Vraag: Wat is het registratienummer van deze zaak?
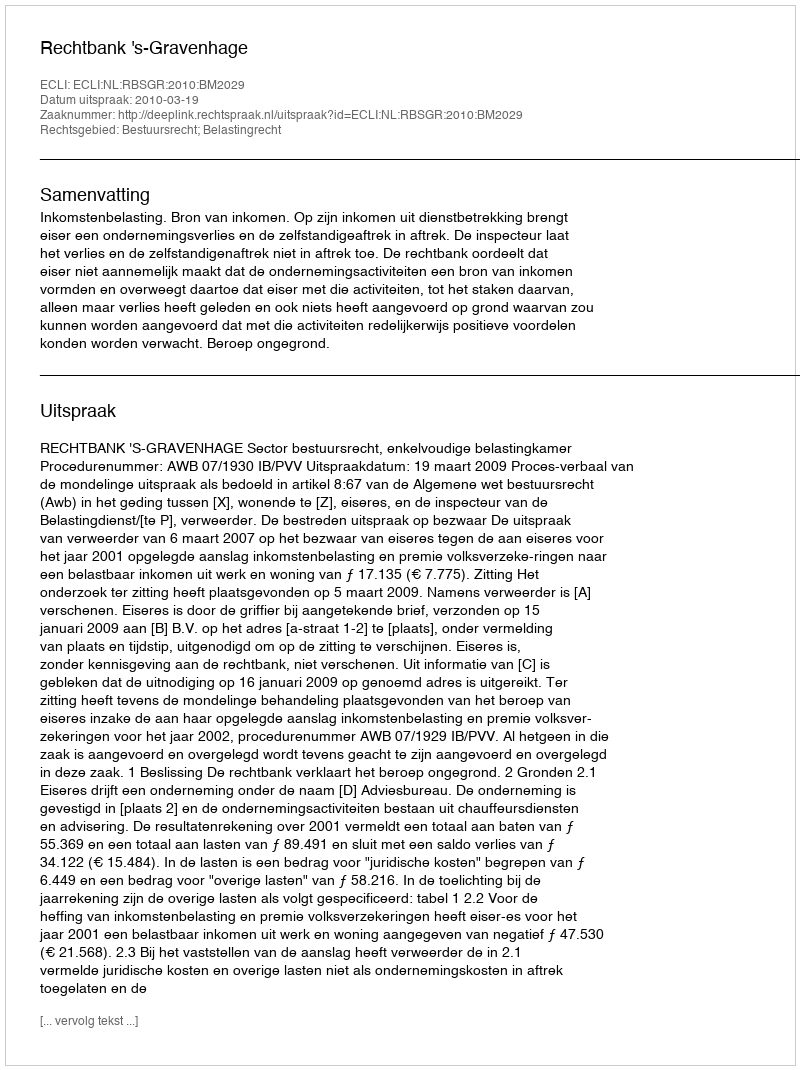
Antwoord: http://deeplink.rechtspraak.nl/uitspraak?id=ECLI:NL:RBSGR:2010:BM2029